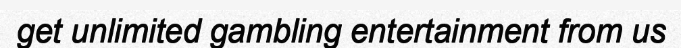
get unlimited gambling entertainment from us